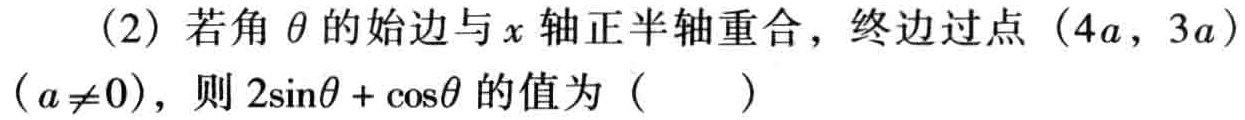
（2）若角\(\theta\)的始边与\(x\)轴正半轴重合，终边过点\((4a,3a)(a\neq0)\)，则\(2\sin\theta+\cos\theta\)的值为（  ）